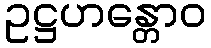
ဥဋ္ဌဟန္တောဝ